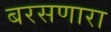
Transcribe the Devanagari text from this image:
बरसणारा